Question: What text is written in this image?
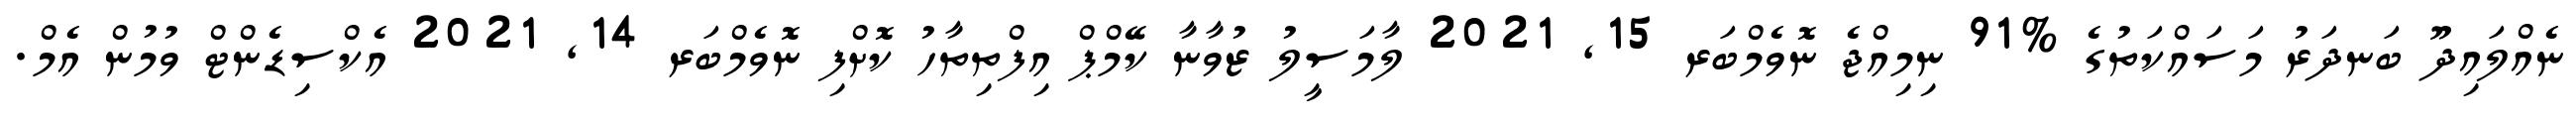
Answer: ނެއްލައިދޫ ބަނދަރު މަސައްކަތުގެ %91 ނިމިއްޖެ ނޮވެމްބަރ 15, 2021 ލާމަސީލު ޒުވާނާ ކޭމްޕް އިފްތިތާހު ކޮށްފި ނޮވެމްބަރ 14, 2021 އެކްސިޑެންޓް ވުމުން އެމް.